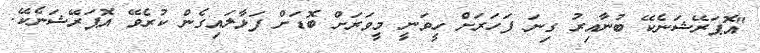
"އޮޕަރޭޝަނެކޭ ބުނާއިރު ގިނަ ފަހަރަށް ހީވަނީ މީވަރަށް ބޮޑަށް ފަޅާލައިގެން ކުރެވޭ އޮޕަރޭޝަނެކޭ.